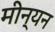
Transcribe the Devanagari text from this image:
मीन्यन